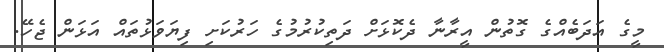
މީގެ އަދަބެއްގެ ގޮތުން އީރާނާ ދެކޮޅަށް ދަތިކުރުމުގެ ހަރުކަށި ފިޔަވަޅުތައް އަޅަން ޖެހޭ.